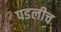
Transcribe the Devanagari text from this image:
पडलीच